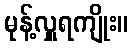
မုန့်လှူရကျိုး။